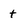
Character: t